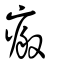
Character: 瘢